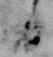
日